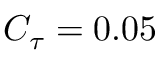
C _ { \tau } = 0 . 0 5